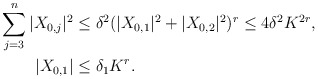
\begin{align*}\sum_{j=3}^n |X_{0,j}|^2 & \le \delta^2 (|X_{0,1}|^2 + |X_{0,2}|^2)^r \le 4 \delta^2 K^{2r}, \\ |X_{0,1}| &\le \delta_1 K^r. \end{align*}